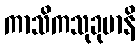
ကာသိကသုခုမာနိ